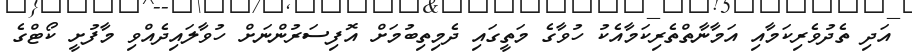
އަދި ތެދުވެރިކަމާއި އަމާނާތްތެރިކަމާއެކު ހުވާގެ މަތީގައި ދެމިތިބުމަށް އޮފިސަރުންނަށް ހުވާލައިދެއްވި މާފުށީ ކޯޓްގެ